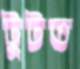
টুটত